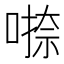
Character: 𭊁